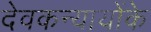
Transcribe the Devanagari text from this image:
देवकन्यायोंके